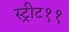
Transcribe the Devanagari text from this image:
स्ट्रीट११